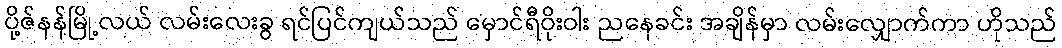
ပို့ဇ်နန်မြို့လယ် လမ်းလေးခွ ရင်ပြင်ကျယ်သည် မှောင်ရီဝိုးဝါး ညနေခင်း အချိန်မှာ လမ်းလျှောက်ကာ ဟိုသည်